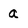
Character: a